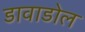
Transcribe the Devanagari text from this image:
डावाडोल